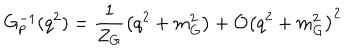
G _ { p } ^ { - 1 } ( q ^ { 2 } ) = \frac { 1 } { Z _ { G } } \left( q ^ { 2 } + m _ { G } ^ { 2 } \right) + { \cal O } \left( q ^ { 2 } + m _ { G } ^ { 2 } \right) ^ { 2 }